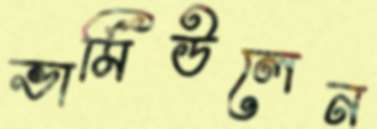
ভার্মিউলেন